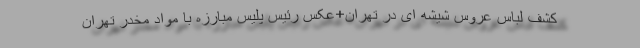
کشف لباس عروس شیشه ای در تهران+عکس رئیس پلیس مبارزه با مواد مخدر تهران